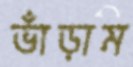
ভাঁড়াম